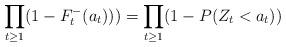
LaTeX: \begin{align*} \prod_{t \ge 1}(1- F_{t}^{-}(a_t)))= \prod_{t \ge 1}(1- P(Z_t<a_t)) \end{align*}